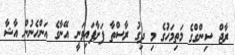
ރާޖް ސިންގްގެ މަތިމަހުގެ މި ދިގު ރާސްތާ ފަށާފައިވަނީ އޭނާގެ އަންހެނުން އާޝާ